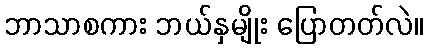
ဘာသာစကား ဘယ်နှမျိုး ပြောတတ်လဲ။